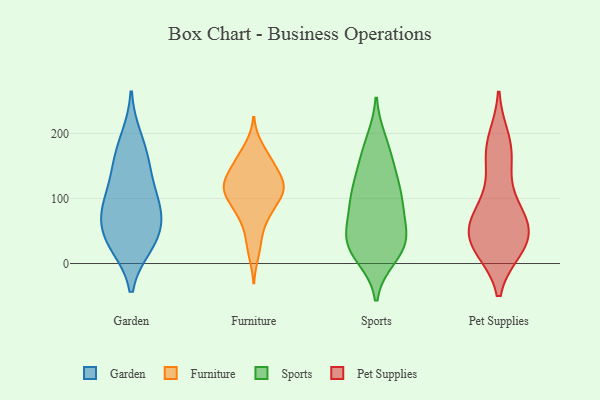
{"axis": {"x": "Waste Production (Tons)", "y": "Value"}, "legend": ["Furniture", "Garden", "Pet Supplies", "Sports"], "data": [{"x": "", "y": 114, "type": "Garden"}, {"x": "", "y": 61, "type": "Garden"}, {"x": "", "y": 152, "type": "Garden"}, {"x": "", "y": 158, "type": "Garden"}, {"x": "", "y": 89, "type": "Garden"}, {"x": "", "y": 39, "type": "Garden"}, {"x": "", "y": 30, "type": "Garden"}, {"x": "", "y": 192, "type": "Garden"}, {"x": "", "y": 74, "type": "Garden"}, {"x": "", "y": 29, "type": "Garden"}, {"x": "", "y": 91, "type": "Garden"}, {"x": "", "y": 117, "type": "Furniture"}, {"x": "", "y": 178, "type": "Furniture"}, {"x": "", "y": 17, "type": "Furniture"}, {"x": "", "y": 119, "type": "Furniture"}, {"x": "", "y": 163, "type": "Furniture"}, {"x": "", "y": 131, "type": "Furniture"}, {"x": "", "y": 105, "type": "Furniture"}, {"x": "", "y": 86, "type": "Furniture"}, {"x": "", "y": 107, "type": "Furniture"}, {"x": "", "y": 75, "type": "Furniture"}, {"x": "", "y": 152, "type": "Furniture"}, {"x": "", "y": 113, "type": "Furniture"}, {"x": "", "y": 153, "type": "Furniture"}, {"x": "", "y": 116, "type": "Furniture"}, {"x": "", "y": 41, "type": "Furniture"}, {"x": "", "y": 131, "type": "Furniture"}, {"x": "", "y": 74, "type": "Furniture"}, {"x": "", "y": 92, "type": "Sports"}, {"x": "", "y": 47, "type": "Sports"}, {"x": "", "y": 101, "type": "Sports"}, {"x": "", "y": 102, "type": "Sports"}, {"x": "", "y": 25, "type": "Sports"}, {"x": "", "y": 131, "type": "Sports"}, {"x": "", "y": 106, "type": "Sports"}, {"x": "", "y": 39, "type": "Sports"}, {"x": "", "y": 29, "type": "Sports"}, {"x": "", "y": 150, "type": "Sports"}, {"x": "", "y": 10, "type": "Sports"}, {"x": "", "y": 148, "type": "Sports"}, {"x": "", "y": 188, "type": "Sports"}, {"x": "", "y": 27, "type": "Sports"}, {"x": "", "y": 182, "type": "Sports"}, {"x": "", "y": 45, "type": "Sports"}, {"x": "", "y": 13, "type": "Sports"}, {"x": "", "y": 88, "type": "Sports"}, {"x": "", "y": 62, "type": "Sports"}, {"x": "", "y": 68, "type": "Pet Supplies"}, {"x": "", "y": 24, "type": "Pet Supplies"}, {"x": "", "y": 31, "type": "Pet Supplies"}, {"x": "", "y": 169, "type": "Pet Supplies"}, {"x": "", "y": 98, "type": "Pet Supplies"}, {"x": "", "y": 77, "type": "Pet Supplies"}, {"x": "", "y": 65, "type": "Pet Supplies"}, {"x": "", "y": 148, "type": "Pet Supplies"}, {"x": "", "y": 25, "type": "Pet Supplies"}, {"x": "", "y": 60, "type": "Pet Supplies"}, {"x": "", "y": 26, "type": "Pet Supplies"}, {"x": "", "y": 31, "type": "Pet Supplies"}, {"x": "", "y": 52, "type": "Pet Supplies"}, {"x": "", "y": 190, "type": "Pet Supplies"}, {"x": "", "y": 180, "type": "Pet Supplies"}]}